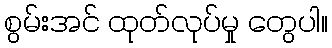
စွမ်းအင် ထုတ်လုပ်မှု တွေပါ။